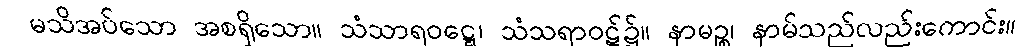
မသိအပ်သော အစရှိသော။ သံသာရဝဋ္ဋေ၊ သံသရာဝဋ်၌။ နာမဉ္စ၊ နာမ်သည်လည်းကောင်း။